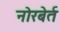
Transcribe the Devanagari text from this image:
नोरबेर्त